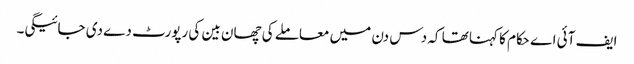
ایف آئی اے حکام کا کہنا تھا کہ دس دن میں معاملے کی چھان بین کی رپورٹ دے دی جائیگی۔